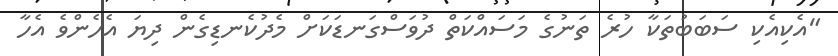
"އެކިއެކި ސަބަބުތަކާ ހުރެ ތަނުގެ މަސައްކަތް ދުވަސްގަނޑަކަށް މެދުކެނޑިގެން ދިޔަ އެހެންވެ އެހާ